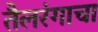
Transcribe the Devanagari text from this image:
तैलरंगाचा